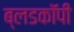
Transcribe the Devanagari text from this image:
ब्लडकॉपी